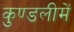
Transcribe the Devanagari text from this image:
कुण्डलीमें